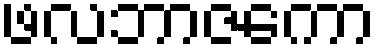
ဖလဘာဇကော